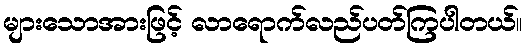
များသောအားဖြင့် လာရောက်လည်ပတ်ကြပါတယ်။